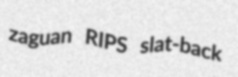
zaguan RIPS slat-back